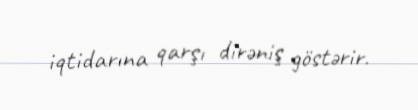
iqtidarına qarşı dirəniş göstərir.